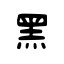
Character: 黑